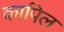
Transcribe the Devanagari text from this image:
कापिल